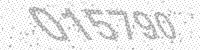
Solution: 015790